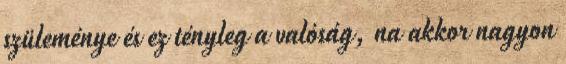
szüleménye és ez tényleg a valóság, na akkor nagyon